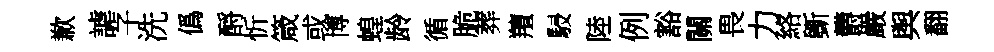
歉謔子洗僞酹忻箴或博蝗龄循脆葬羶駸陸例豁關畏力絡斵欝嚴舆翻